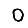
Digit: 0